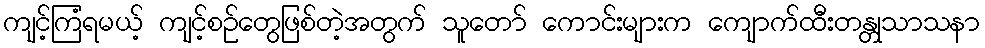
ကျင့်ကြံရမယ့် ကျင့်စဉ်တွေဖြစ်တဲ့အတွက် သူတော် ကောင်းများက ကျောက်ထီးတန္တုသာသနာ